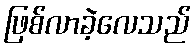
ဖြစ်လာခဲ့လေသည်